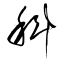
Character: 科